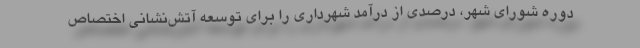
دوره شورای شهر، درصدی از درآمد شهرداری را برای توسعه آتش‌نشانی اختصاص